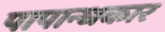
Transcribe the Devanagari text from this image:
पापान्धकार